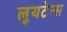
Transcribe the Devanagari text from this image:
लूयटेन्स